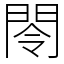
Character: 閝